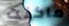
ماكنت